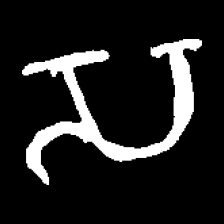
Pyu character \u2014 Myanmar letter: သ (romanized: sa)